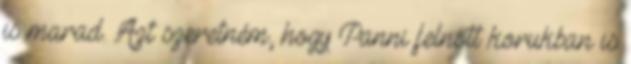
is marad. Azt szeretném, hogy Panni felnőtt korukban is